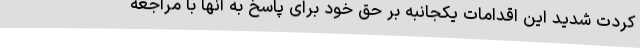
کردت شدید این اقدامات یکجانبه بر حق خود برای پاسخ به آنها با مراجعه